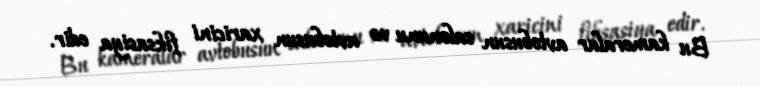
Bu kameralar avtobusun salonunu və avtobusun xaricini fiksasiya edir.